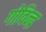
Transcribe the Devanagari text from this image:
गोविन्द्र